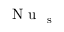
\mathrm { ~ \textit ~ { ~ N ~ u ~ } ~ } _ { \mathrm s }